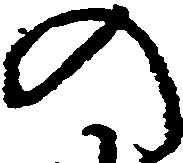
の